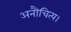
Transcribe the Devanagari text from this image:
अनौचित्य।